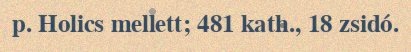
p. Holics mellett; 481 kath., 18 zsidó.